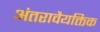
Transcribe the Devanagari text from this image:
अंतरावैयक्तिक